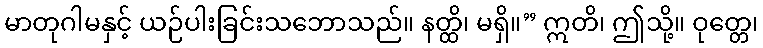
မာတုဂါမနှင့် ယဉ်ပါးခြင်းသဘောသည်။ နတ္ထိ၊ မရှိ။” ဣတိ၊ ဤသို့။ ဝုတ္တေ၊